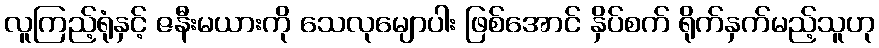
လူကြည့်ရုံနှင့် ဇနီးမယားကို သေလုမျောပါး ဖြစ်အောင် နှိပ်စက် ရိုက်နှက်မည့်သူဟု